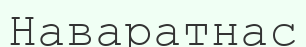
Наваратнас